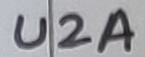
Text: U2A